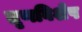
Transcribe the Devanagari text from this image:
तृणविशेष